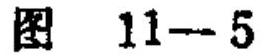
图 11−5